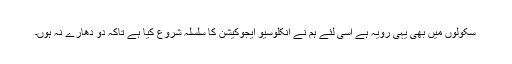
سکولوں میں بھی یہی رویہ ہے اسی لئے ہم نے انکلوسیو ایجوکیشن کا سلسلہ شروع کیا ہے تاکہ دو دھارے نہ ہوں۔